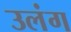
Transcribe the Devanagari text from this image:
उलंग